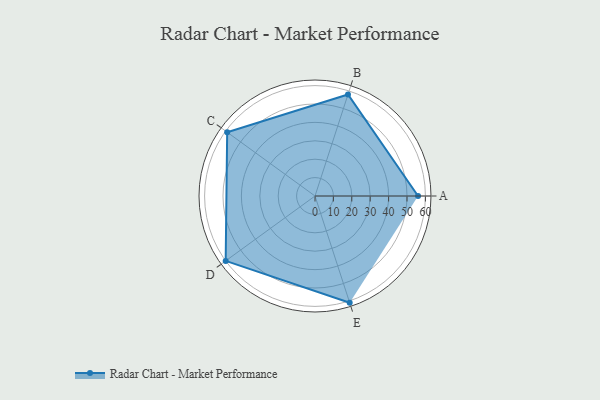
{"axis": {"x": "Skill", "y": "Score"}, "legend": ["Profile"], "data": [{"x": "A", "y": 56.0, "type": "Profile"}, {"x": "B", "y": 58.0, "type": "Profile"}, {"x": "C", "y": 59.0, "type": "Profile"}, {"x": "D", "y": 60.0, "type": "Profile"}, {"x": "E", "y": 61.0, "type": "Profile"}]}